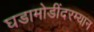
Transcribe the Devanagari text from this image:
घडामोडींदरम्यान